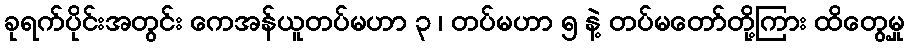
ခုရက်ပိုင်းအတွင်း ကေအန်ယူတပ်မဟာ ၃ ၊ တပ်မဟာ ၅ နဲ့ တပ်မတော်တို့ကြား ထိတွေ့မှု